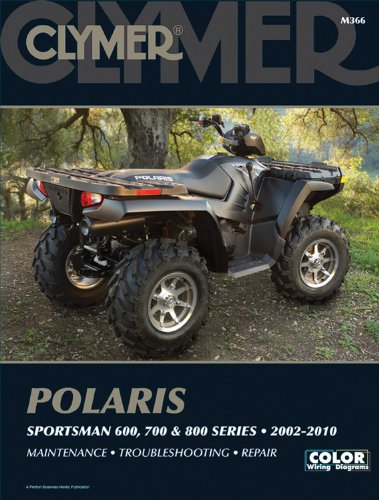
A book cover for Polaris Sportsman 600, 700, and 800 Series 2002-2010 (Clymer); Penton Staff; Engineering & Transportation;